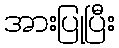
အားပြုပြီး